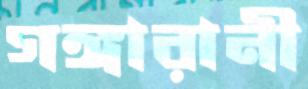
গঙ্গারানী